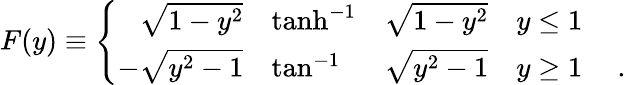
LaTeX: F(y)\equiv\left\{ \begin{array}{rlllc}{{{\sqrt{1-y^{2}}}}}&{{\operatorname{tanh}^{-1}}}&{{\sqrt{1-y^{2}}}}&{{y\leq 1}}\\ {{{-\sqrt{y^{2}-1}}}}&{{\tan^{-1}}}&{{\sqrt{y^{2}-1}}}&{{y\geq 1}}&{{~.}}\end{array}\right.